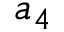
a _ { 4 }